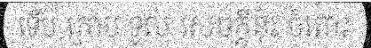
ទើប ក្រាប ទូល សេចក្តីនុ៎ះ ចំពោះ